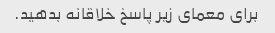
برای معمای زیر پاسخ خلاقانه بدهید.